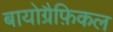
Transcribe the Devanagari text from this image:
बायोग्रैफ़िकल